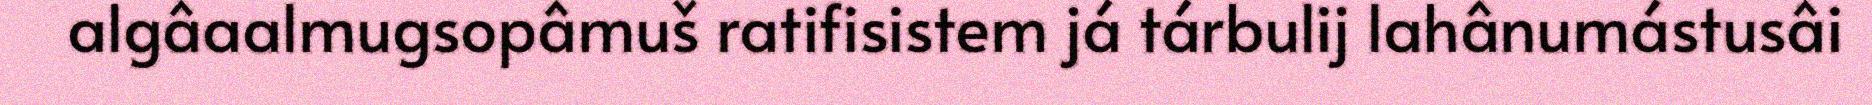
algâaalmugsopâmuš ratifisistem já tárbulij lahânumástusâi